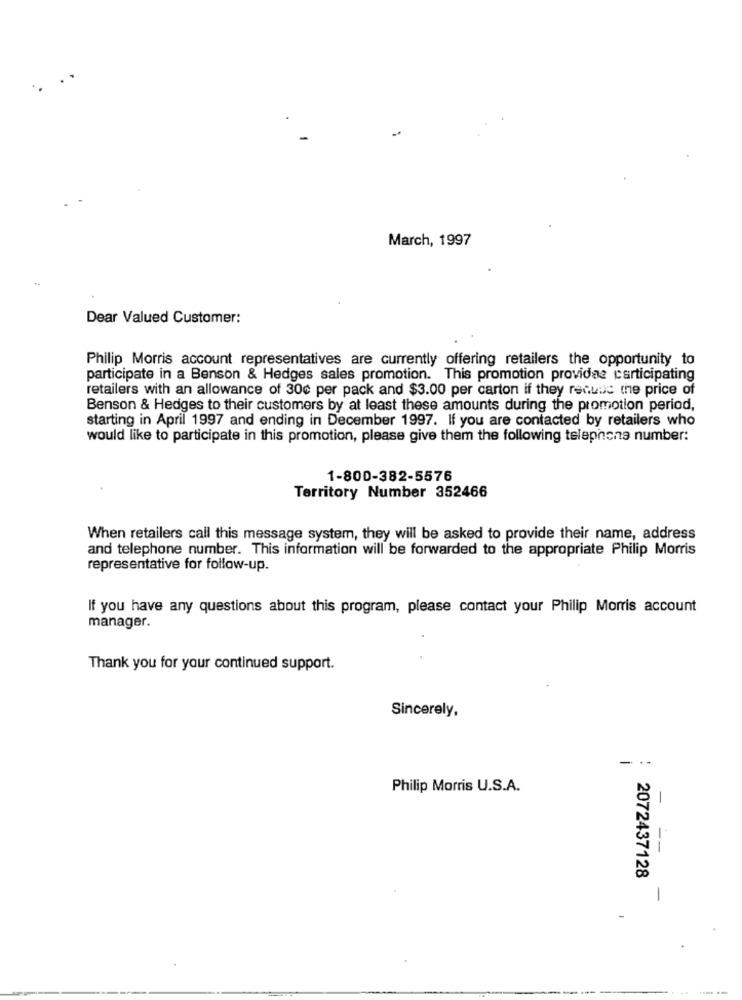
March, 1997
Dear Valued Customer:
Philip Morris account representatives are currently offering retailers the opportunity to
participate in a Benson & Hedges sales promotion. This promotion providas participating
retailers with an allowance of 30c per pack and $3.00 per carton if they recuad the price of
Benson & Hedges to their customers by at least these amounts during the promotion period,
starting in April 1997 and ending in December 1997. If you are contacted by retailers who
would like to participate in this promotion, please give them the following telephone number:
1-800-382-5576
Territory Number 352466
When retailers call this message system, they will be asked to provide their name, address
and telephone number. This information will be forwarded to the appropriate Philip Morris
representative for follow-up.
If you have any questions about this program, please contact your Philip Morris account
manager.
Thank you for your continued support.
Sincerely,
- .-
Philip Morris U.S.A.
2072437128